Annual returns of the Patna Lunatic Asylum at Bankipore in Bihar and Orissa - 1912-1924
Year: 1912
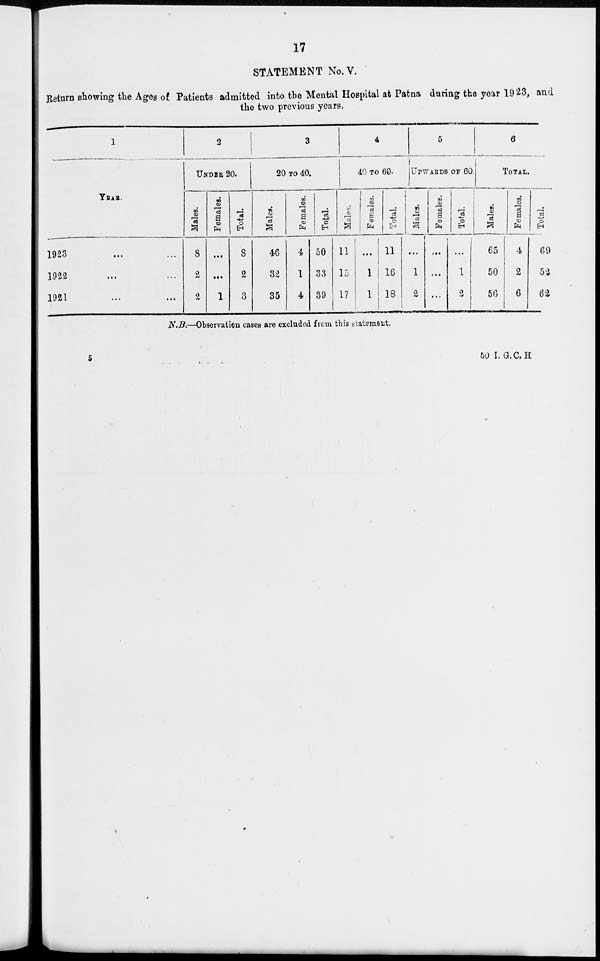
17
STATEMENT No.V.
Return showing the Ages of Patients admitted into the Mental Hospital at Patna during the year 1923, and
the two previous years.
1
YEAR.
1923 ... ...
1922 ... ...
1921 ... ...
2
UNDER 20.
Males.
8
2
2
Females.
...
...
1
Total.
8
2
3
3
20 TO 40.
Males.
46
32
35
Females.
4
1
4
Total.
50
33
39
4
40 TO 60.
Males.
11
15
17
Females.
...
1
1
Total.
11
16
18
5
UPWARDS OF 60
Males.
...
1
2
Females.
...
...
...
Total.
...
1
2
6
TOTAL.
Males.
65
50
56
Females.
4
2
6
Total.
69
52
62
N.B.—Observation cases are excluded from this statement.
5
50 I.G.C.H